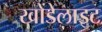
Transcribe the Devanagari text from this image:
खोंडेलाइट